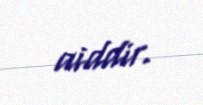
aiddir.